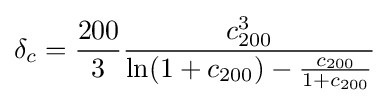
\delta _{c}={\frac {200}{3}}{\frac {c_{200}^{3}}{\ln(1+c_{200})-{\frac {c_{200}}{1+c_{200}}}}}